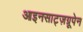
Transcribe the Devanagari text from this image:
आइनसाट्ज़ग्रूपेन